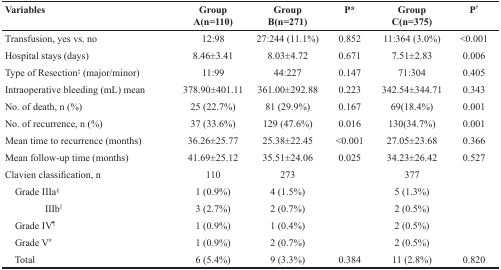
<table><thead><tr><td><b>Variables</b></td><td><b>GroupA(n=110)</b></td><td><b>GroupB(n=271)</b></td><td><b>P*</b></td><td><b>GroupC(n=375)</b></td><td><b>P<sup>†</sup></b></td></tr></thead><tbody><tr><td>Transfusion, yes vs. no</td><td>12:98</td><td>27:244 (11.1%)</td><td>0.852</td><td>11:364 (3.0%)</td><td>&lt;0.001</td></tr><tr><td>Hospital stays (days)</td><td>8.46±3.41</td><td>8.03±4.72</td><td>0.671</td><td>7.51±2.83</td><td>0.006</td></tr><tr><td>Type of Resection<sup>‡</sup> (major/minor)</td><td>11:99</td><td>44:227</td><td>0.147</td><td>71:304</td><td>0.405</td></tr><tr><td>Intraoperative bleeding (mL) mean</td><td>378.90±401.11</td><td>361.00±292.88</td><td>0.223</td><td>342.54±344.71</td><td>0.343</td></tr><tr><td>No. of death, n (%)</td><td>25(22.7%)</td><td>81(29.9%)</td><td>0.167</td><td>69(18.4%)</td><td>0.001</td></tr><tr><td>No. of recurrence, n (%)</td><td>37(33.6%)</td><td>129(47.6%)</td><td>0.016</td><td>130(34.7%)</td><td>0.001</td></tr><tr><td>Mean time to recurrence (months)</td><td>36.26±25.77</td><td>25.38±22.45</td><td>&lt;0.001</td><td>27.05±23.68</td><td>0.366</td></tr><tr><td>Mean follow-up time (months)</td><td>41.69±25.12</td><td>35.51±24.06</td><td>0.025</td><td>34.23±26.42</td><td>0.527</td></tr><tr><td>Clavien classification, n</td><td>110</td><td>273</td><td></td><td>377</td><td></td></tr><tr><td> Grade IIIa<sup>§</sup></td><td>1(0.9%)</td><td>4(1.5%)</td><td></td><td>5(1.3%)</td><td></td></tr><tr><td>IIIb<sup>||</sup></td><td>3(2.7%)</td><td>2(0.7%)</td><td></td><td>2(0.5%)</td><td></td></tr><tr><td> Grade IV<sup>¶</sup></td><td>1(0.9%)</td><td>1(0.4%)</td><td></td><td>2(0.5%)</td><td></td></tr><tr><td> Grade V<sup>#</sup></td><td>1(0.9%)</td><td>2(0.7%)</td><td></td><td>2(0.5%)</td><td></td></tr><tr><td> Total</td><td>6(5.4%)</td><td>9(3.3%)</td><td>0.384</td><td>11(2.8%)</td><td>0.820</td></tr></tbody></table>